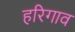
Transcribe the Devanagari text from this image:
हरिगाव